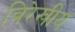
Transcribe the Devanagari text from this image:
त्रिरेखीय